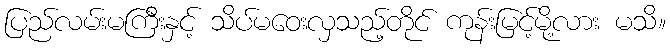
ပြည်လမ်းမကြီးနှင့် သိပ်မဝေးလှသည့်တိုင် ကုန်းမြင့်မို့လား မသိ။